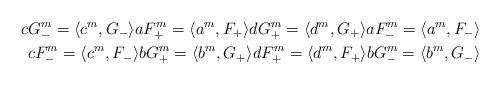
LaTeX: \begin{align*} cG_-^m=\langle c^m,G_-\rangle aF_+^m=\langle a^m,F_+\rangle dG_+^m=\langle d^m,G_+\rangle aF_-^m=\langle a^m,F_-\rangle \\ cF_-^m=\langle c^m,F_-\rangle bG_+^m=\langle b^m,G_+\rangle dF_+^m=\langle d^m,F_+\rangle bG_-^m=\langle b^m,G_-\rangle \end{align*}